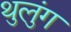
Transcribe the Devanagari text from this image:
थुलुंग